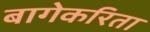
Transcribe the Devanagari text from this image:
बागेकरिता